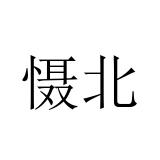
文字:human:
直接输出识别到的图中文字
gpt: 慑北